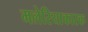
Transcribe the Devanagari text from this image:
मलेरियाकारक